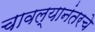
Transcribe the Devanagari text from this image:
चावल्यानंतरचे